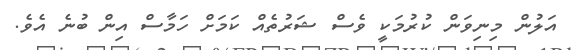
އަލުން މިނިވަން ކުރުމަކީ ވެސް ޝަރުތެއް ކަމަށް ހަމާސް އިން ބުނެ އެވެ.